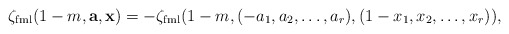
\begin{align*} \zeta_{\mathrm{fml}}(1-m,\mathbf a,\mathbf x)=-\zeta_{\mathrm{fml}}(1-m,(-a_1,a_2,\dots,a_r),(1-x_1,x_2,\dots,x_r)),\end{align*}